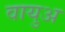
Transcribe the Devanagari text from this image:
वायुअ